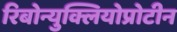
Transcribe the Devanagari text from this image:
रिबोन्युक्लियोप्रोटीन